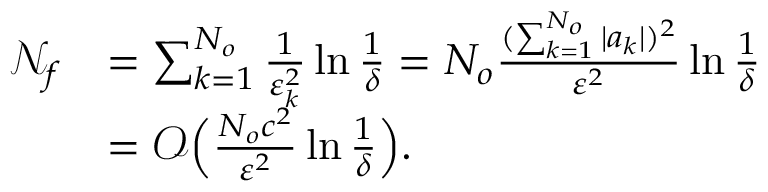
\begin{array} { r l } { \mathcal { N } _ { f } } & { = \sum _ { k = 1 } ^ { N _ { o } } \frac { 1 } { \varepsilon _ { k } ^ { 2 } } \ln \frac { 1 } { \delta } = N _ { o } \frac { ( \sum _ { k = 1 } ^ { N _ { o } } | a _ { k } | ) ^ { 2 } } { \varepsilon ^ { 2 } } \ln \frac { 1 } { \delta } } \\ & { = \mathcal { O } \Big ( \frac { N _ { o } c ^ { 2 } } { \varepsilon ^ { 2 } } \ln \frac { 1 } { \delta } \Big ) . } \end{array}